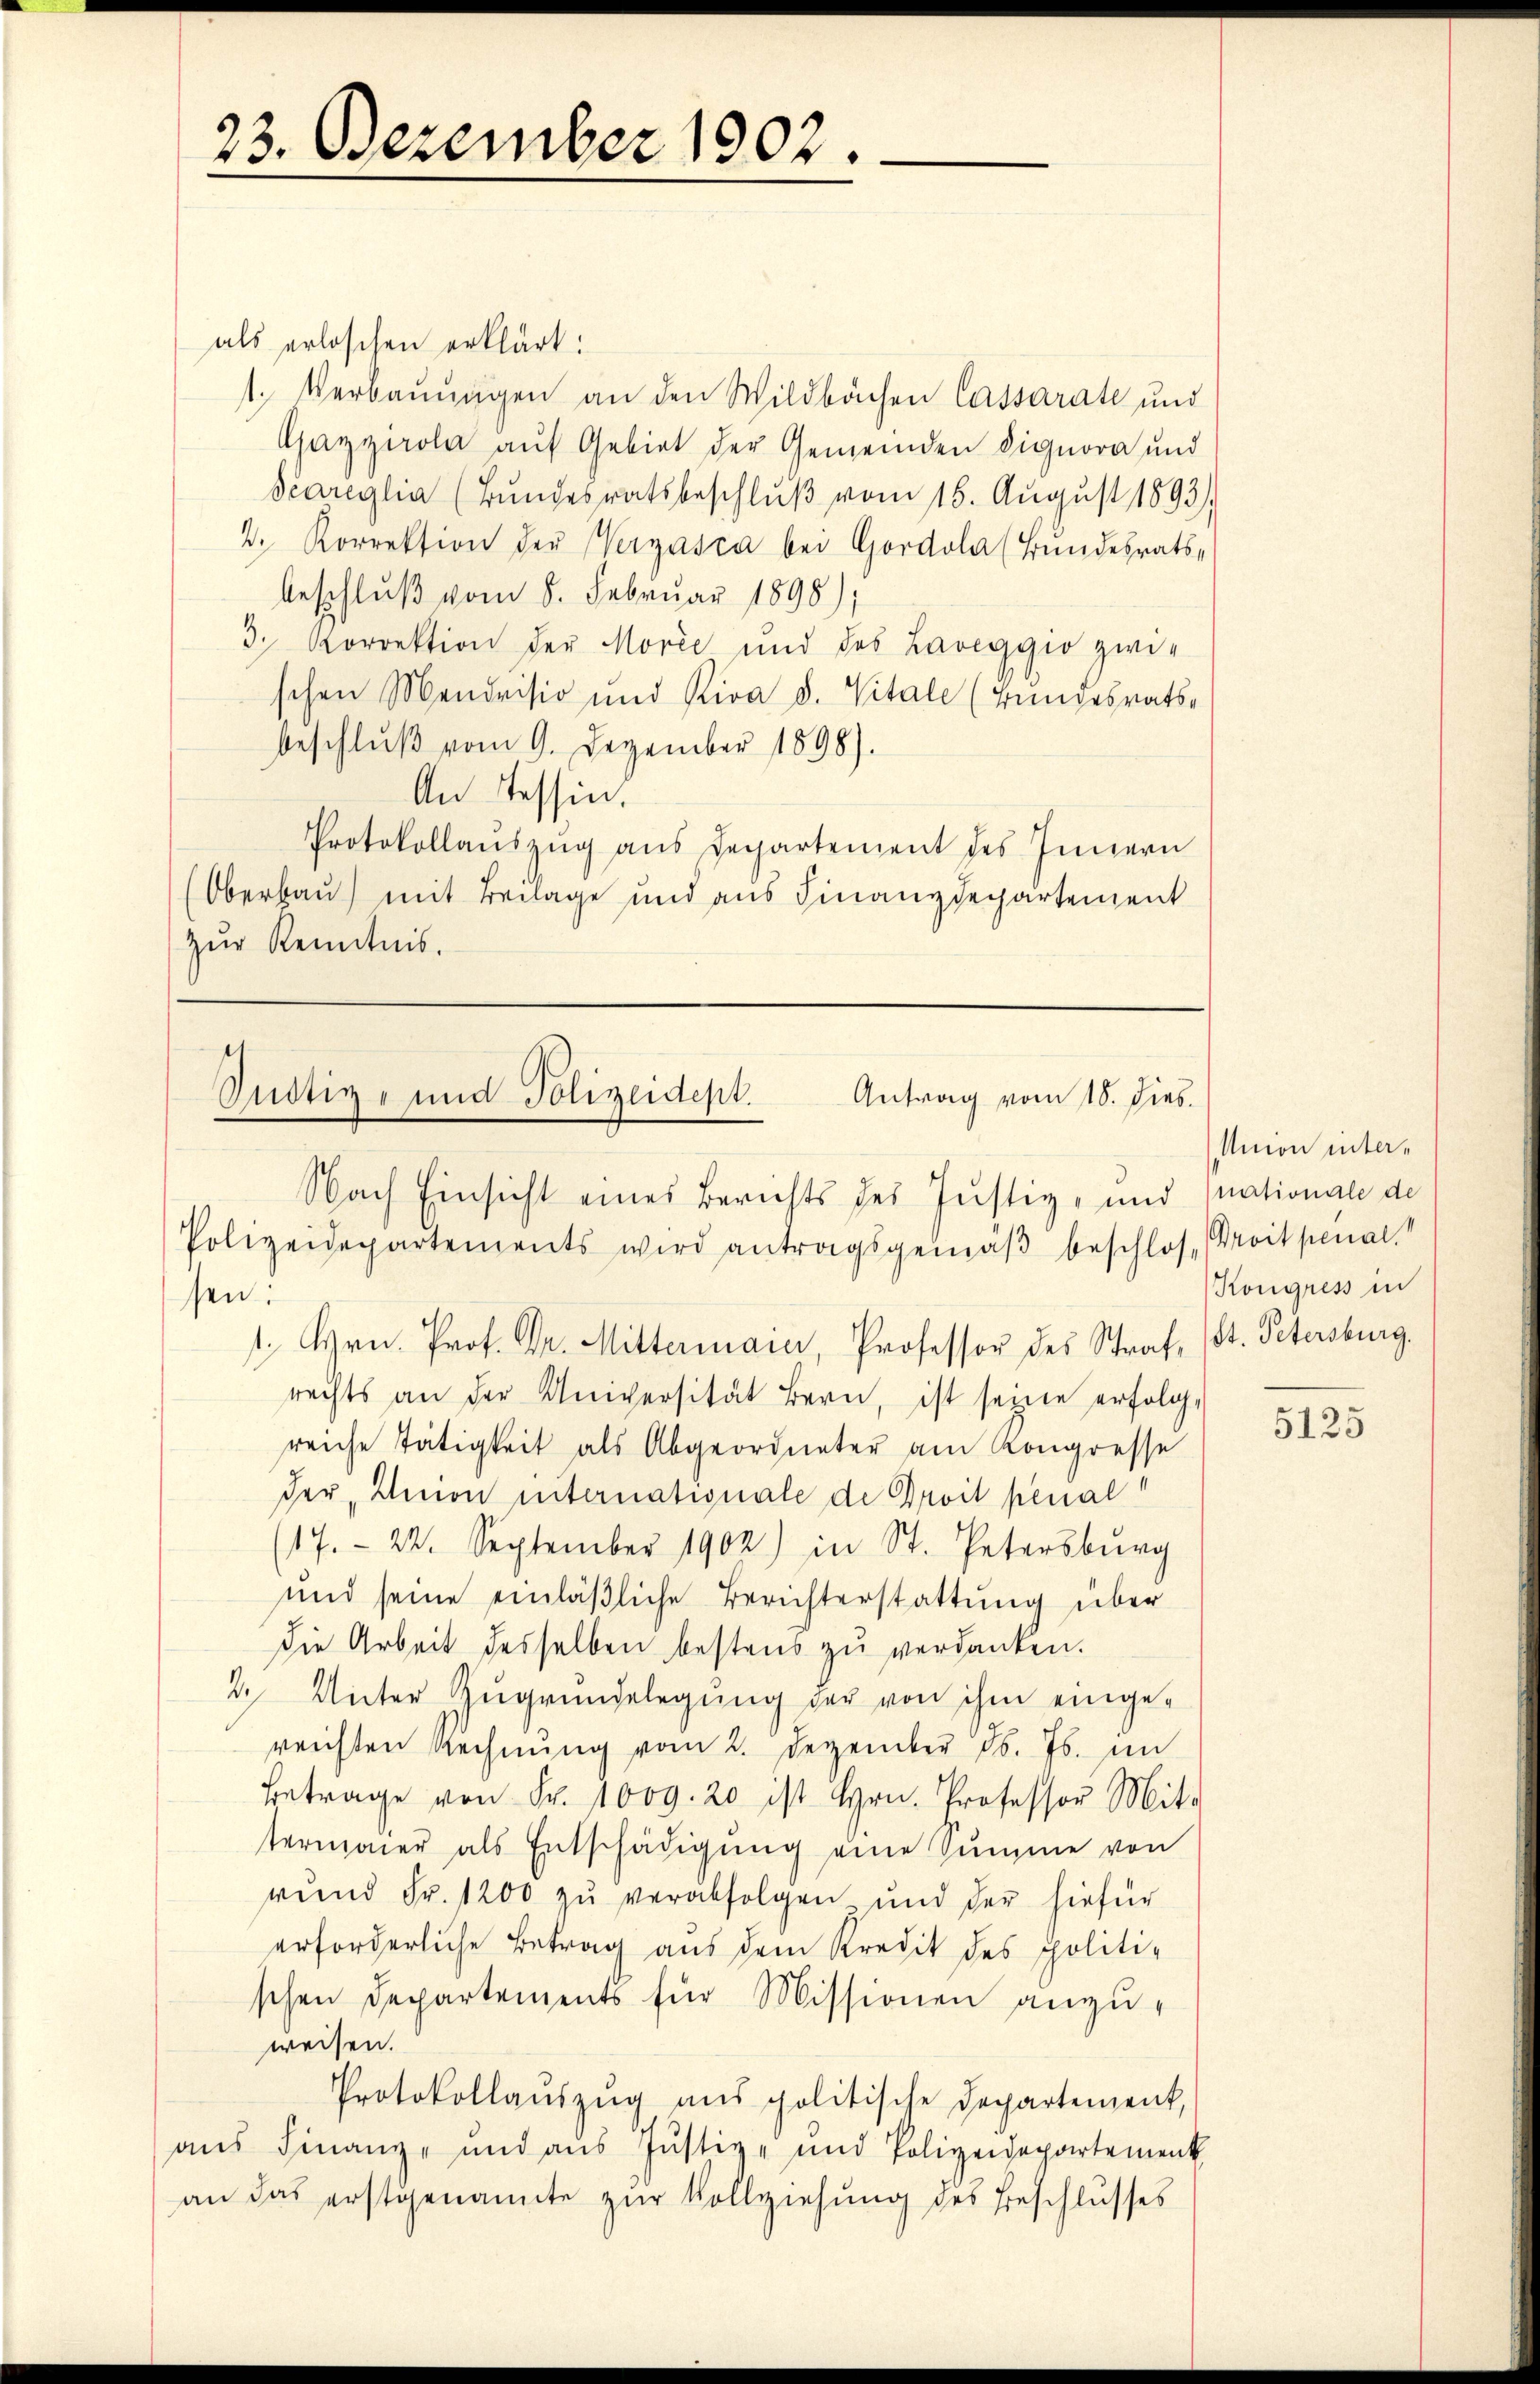
23. Dezember 1902

als erloschen erklärt:
1. Verbaŭŭngen an den Wildbachen Cassarate und
Gaygerola auf Gebiet der Gemeinden Signora und
Scareglia (Bundesratsbeschlŭβ vom 15. Aŭgŭst 1893)
2. Korrektion der Vergasca bei Gordola (Bundesrats-
beschluß vom 8. Februar 1890);
3. Korrektion der Morie und des Laveggio zwischen Mendrisio und Riva d. Vitale (Bundesrats-
beschlŭβ vom 9. Dezember 1898).
An Tessin.
Protokollauszug aus Departement des Innern
Oberbau) mit Beilage und aus Finanzdepartement
zŭr Kenntnis.

Justiz- und Polizeidept.
Antrag vom 18. Dies
Nach Einsicht eines Berichts des Justiz- und nationale de
Polizeidepartements wird antragsgemäβ beschlos, (Proit penal.

sen:
1. Hrn. Prof. Dr. Mittermaier, Professor des Straf, (St. Petersburg.
rechts an der Universität Bern, ist seine erfolg,
reiche Tätigkeit als Abgeordneter am Kongresse
der Union internationale de Droit penal
(17. 22. September 1902) in St. Petersburg
und seine einläßliche Berichterstattung über
die Arbeit desselben bestens zu verdanken.
2. Unter Zugrundelegung der von ihm eingereichten Rechnŭng vom 2. Dezember d. Js. im
Betrage von Fr. 1009. 20 ist Hrn. Professor Mit-
termaier als Entschädigung eine Summe von
rŭnd Fr. 1200 zŭ verabfolgen und der hiefür
erforderliche Betrag aus dem Kredit des politi-
schen Departements für Missionen anzuweisen.
Protokollaŭszŭg ans politische Departement,
aus Finanz- und aus Justiz- und Polizeidepartement
an das erstgenannte zur Vollziehung des Beschlusses

Amon inter¬
Kongress in

5125